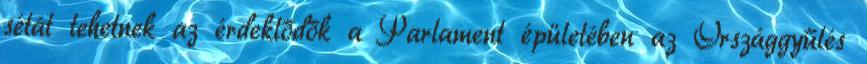
sétát tehetnek az érdeklődők a Parlament épületében az Országgyűlés